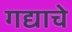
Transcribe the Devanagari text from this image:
गद्याचे